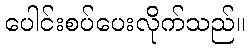
ပေါင်းစပ်ပေးလိုက်သည်။